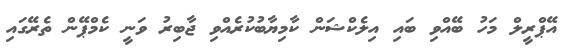
އޭޕްރީލް މަހު ބޭއްވި ބައި އިލެކްޝަން ކާމިޔާބުކުރެއްވި ޖާބިރު ވަނީ ކެމްޕޭން ތެރޭގައި